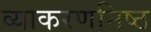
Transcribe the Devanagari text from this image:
व्याकरणनिष्ठ